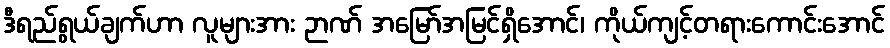
ဒီရည်ရွယ်ချက်ဟာ လူများအား ဉာဏ် အမြော်အမြင်ရှိအောင်၊ ကိုယ်ကျင့်တရားကောင်းအောင်